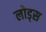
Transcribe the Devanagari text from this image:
लोड्स